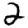
Digit: 2